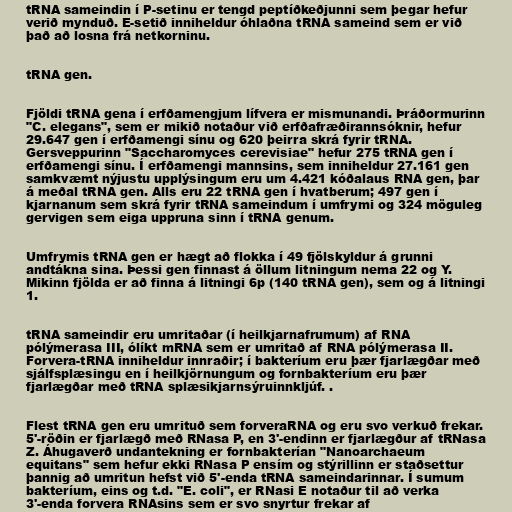
tRNA sameindin í P-setinu er tengd peptíðkeðjunni sem þegar hefur
verið mynduð. E-setið inniheldur óhlaðna tRNA sameind sem er við
það að losna frá netkorninu.

tRNA gen.

Fjöldi tRNA gena í erfðamengjum lífvera er mismunandi. Þráðormurinn
"C. elegans", sem er mikið notaður við erfðafræðirannsóknir, hefur
29.647 gen í erfðamengi sínu og 620 þeirra skrá fyrir tRNA.
Gersveppurinn "Saccharomyces cerevisiae" hefur 275 tRNA gen í
erfðamengi sínu. Í erfðamengi mannsins, sem inniheldur 27.161 gen
samkvæmt nýjustu upplýsingum eru um 4.421 kóðalaus RNA gen, þar
á meðal tRNA gen. Alls eru 22 tRNA gen í hvatberum; 497 gen í
kjarnanum sem skrá fyrir tRNA sameindum í umfrymi og 324 möguleg
gervigen sem eiga uppruna sinn í tRNA genum.

Umfrymis tRNA gen er hægt að flokka í 49 fjölskyldur á grunni
andtákna sina. Þessi gen finnast á öllum litningum nema 22 og Y.
Mikinn fjölda er að finna á litningi 6p (140 tRNA gen), sem og á litningi
1.

tRNA sameindir eru umritaðar (í heilkjarnafrumum) af RNA
pólýmerasa III, ólíkt mRNA sem er umritað af RNA pólýmerasa II.
Forvera-tRNA inniheldur innraðir; í bakteríum eru þær fjarlægðar með
sjálfsplæsingu en í heilkjörnungum og fornbakteríum eru þær
fjarlægðar með tRNA splæsikjarnsýruinnkljúf. .

Flest tRNA gen eru umrituð sem forveraRNA og eru svo verkuð frekar.
5'-röðin er fjarlægð með RNasa P, en 3'-endinn er fjarlægður af tRNasa
Z. Áhugaverð undantekning er fornbakterían "Nanoarchaeum
equitans" sem hefur ekki RNasa P ensím og stýrillinn er staðsettur
þannig að umritun hefst við 5'-enda tRNA sameindarinnar. Í sumum
bakteríum, eins og t.d. "E. coli", er RNasi E notaður til að verka
3'-enda forvera RNAsins sem er svo snyrtur frekar af